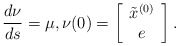
\begin{align*}\frac{d\nu}{ds}=\mu, \nu(0)=\left[\begin{array}{c}\tilde{x}^{(0)}\\e\\\end{array}\right].\end{align*}